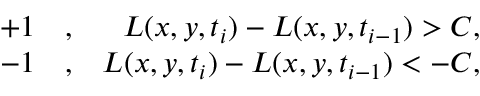
\begin{array} { r l r } { + 1 } & { { } , } & { L ( x , y , t _ { i } ) - L ( x , y , t _ { i - 1 } ) > C , } \\ { - 1 } & { { } , } & { L ( x , y , t _ { i } ) - L ( x , y , t _ { i - 1 } ) < - C , } \end{array}